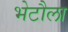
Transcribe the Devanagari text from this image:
भेटौला